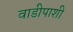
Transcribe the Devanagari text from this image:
वाडीपाशी